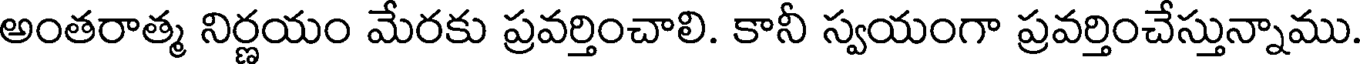
అంతరాత్మ నిర్ణయం మేరకు ప్రవర్తించాలి. కానీ స్వయంగా ప్రవర్తించేస్తున్నాము